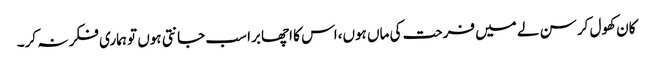
کان کھول کر سن لے میں فرحت کی ماں ہوں،اس کا اچھا برا سب جانتی ہوں تو ہماری فکر نہ کر۔